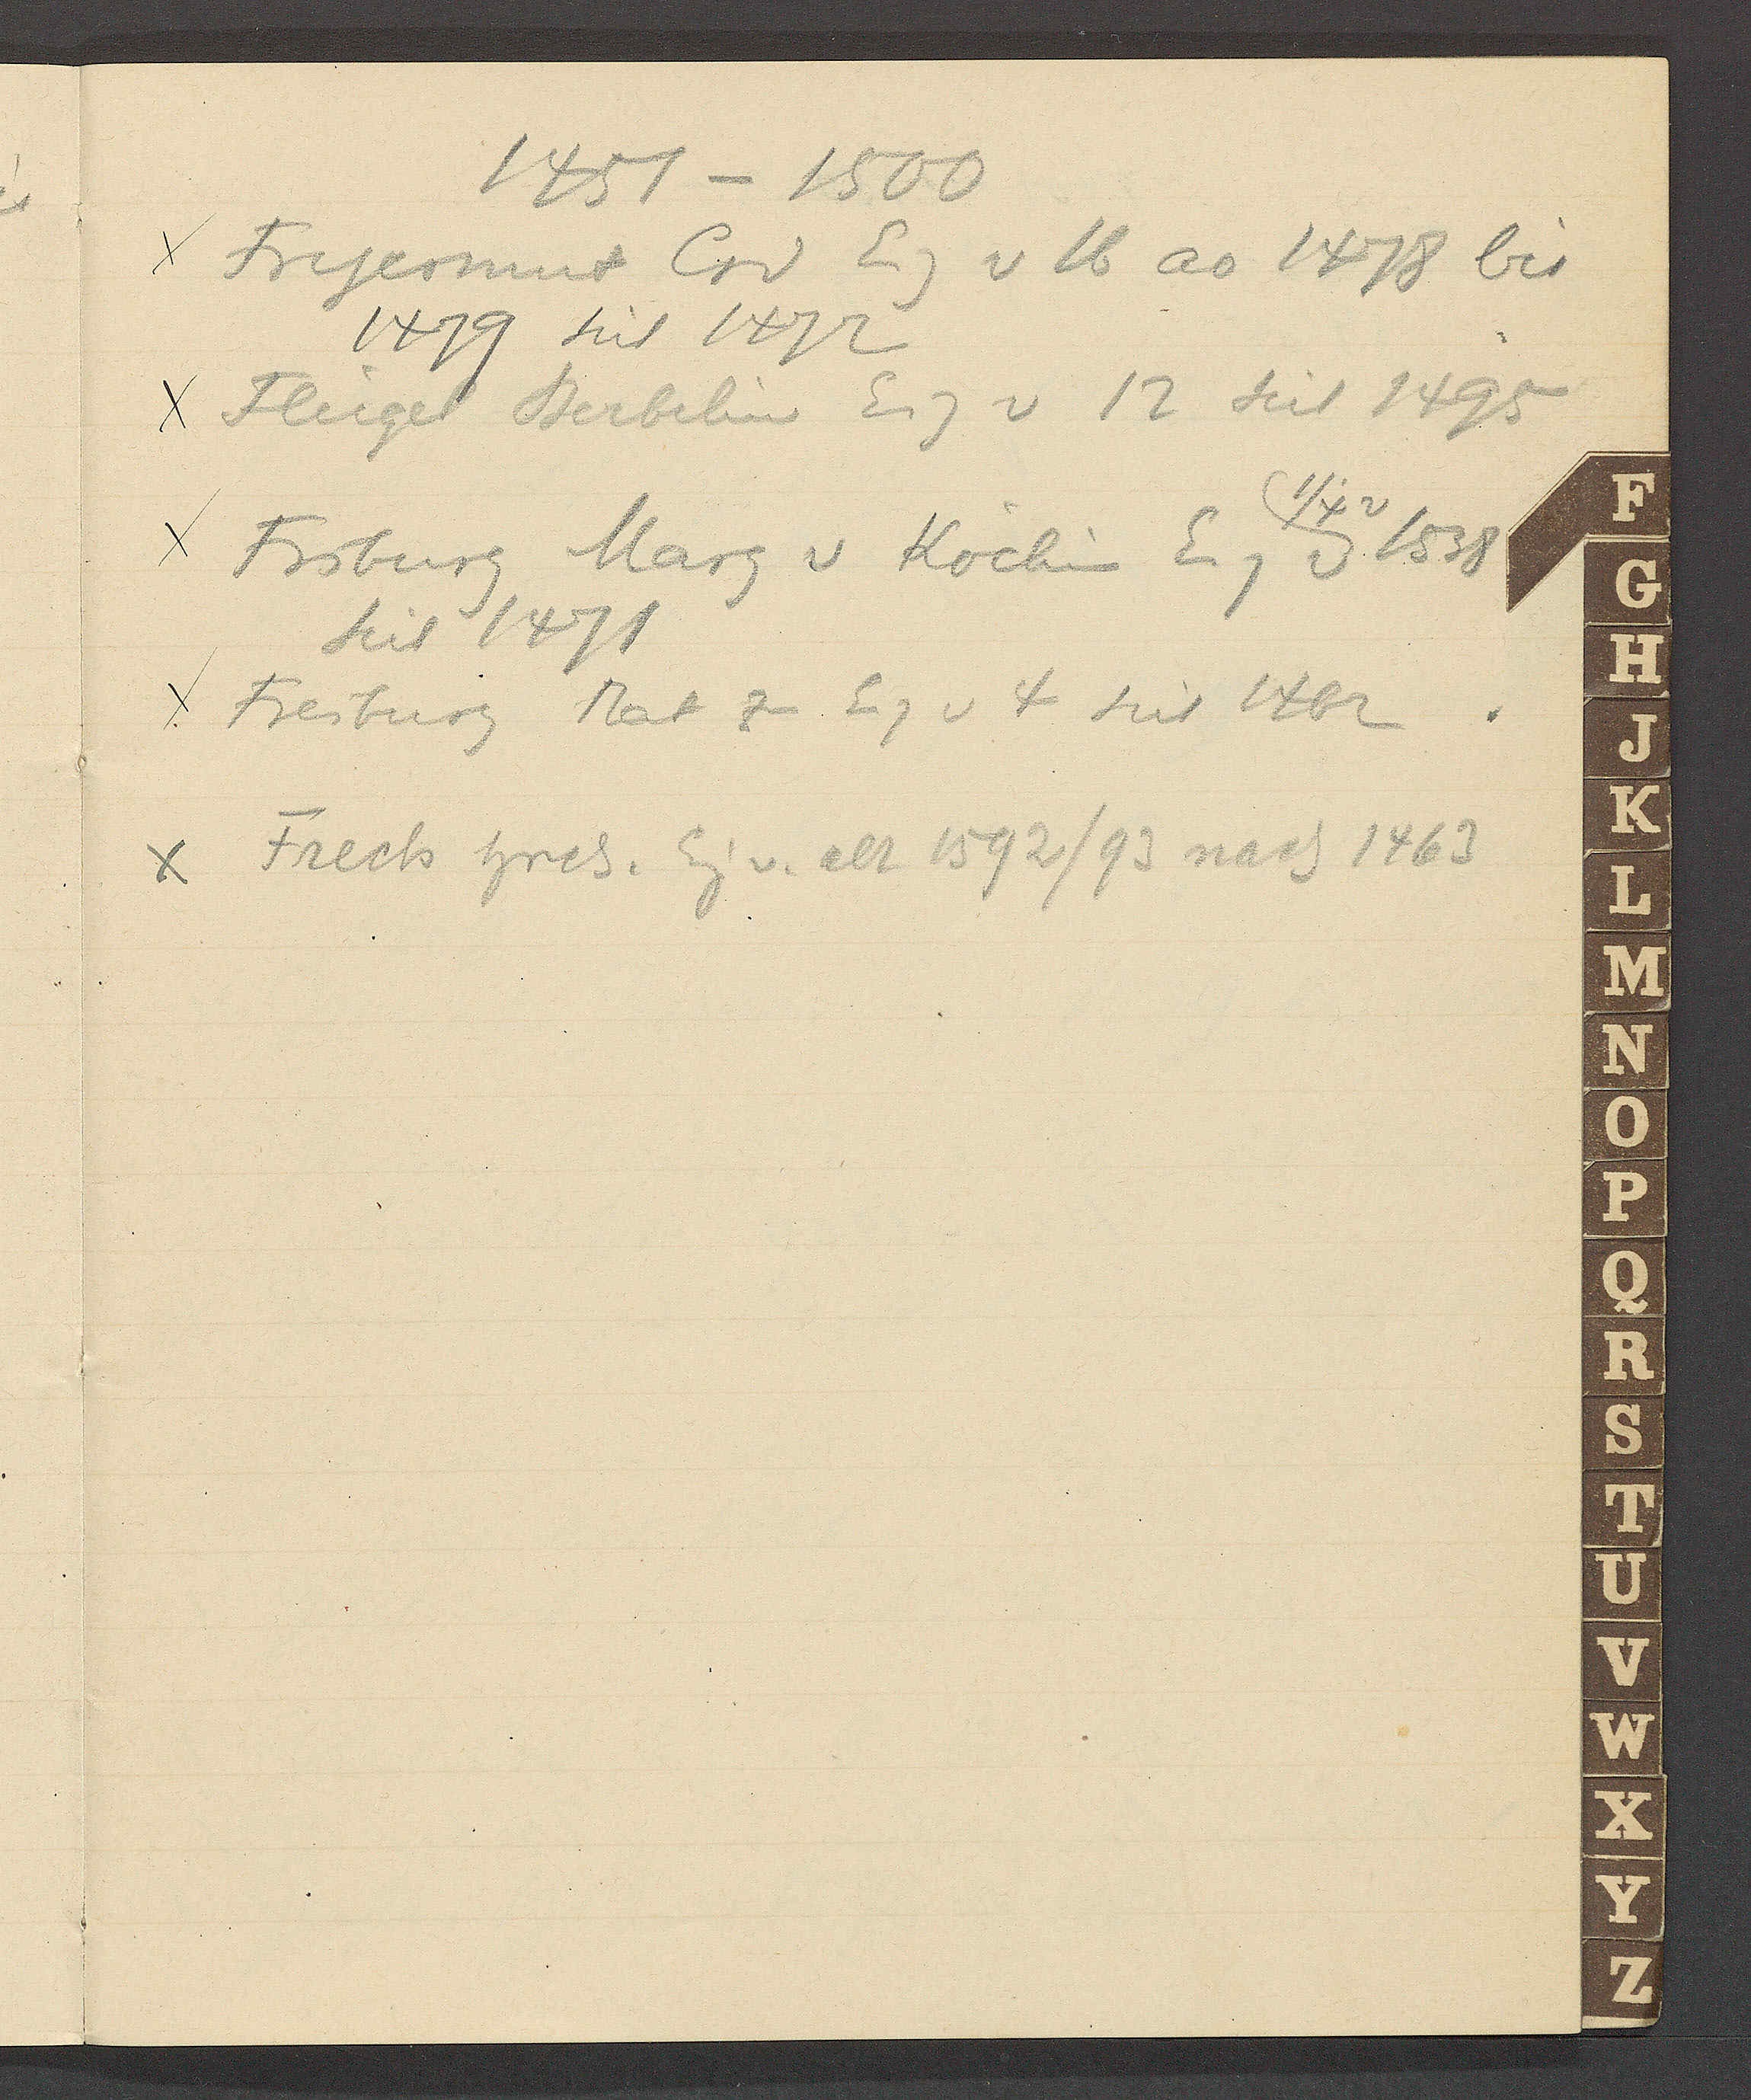
Transcript:
1451 – 1500
Fryermut Crd Eg v 16 ao 1478 bis
1479 seit 1472
Fleigel Berbelin Eig v 12 seit 1495
1/4 v
Friburg Marg v Köchin Eg v 1538
seit 1471
Freiburg Rat zu Eg v 4 seit 1462
Frech Hrch. Eig v alt 1592/93 nach 1463